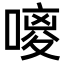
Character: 𪢃